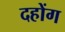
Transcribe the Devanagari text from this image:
दहोंग